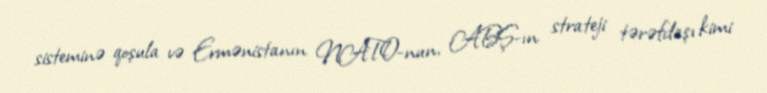
sisteminə qoşula və Ermənistanın NATO-nun, ABŞ-ın strateji tərəfdaşı kimi